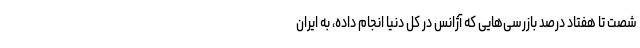
شصت تا هفتاد درصد بازرسی‌هایی که آژانس در کل دنیا انجام داده، به ایران